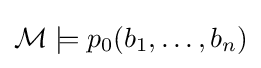
{\mathcal {M}}\models p_{0}(b_{1},\ldots ,b_{n})